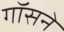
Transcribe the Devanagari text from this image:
गॉसने